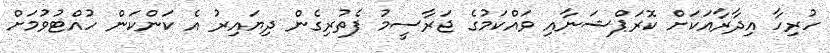
ހުރިހާ އިދާރާއަކަށް ކޮރަޕްޝަނާއި ވައްކަމުގެ ޖަރާސީމު ފެތުރިގެން ދިޔައިރު އެ ކަންކަން ހުއްޓުވުމަށް